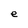
Character: e